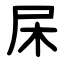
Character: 杘